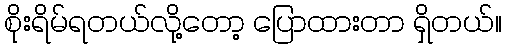
စိုးရိမ်ရတယ်လို့တော့ ပြောထားတာ ရှိတယ်။